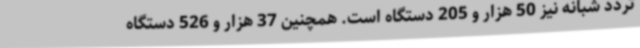
تردد شبانه نیز 50 هزار و 205 دستگاه است. همچنین 37 هزار و 526 دستگاه